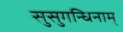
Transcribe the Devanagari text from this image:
सुसुगन्धिनाम्